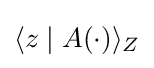
\langle z\mid A(\cdot )\rangle _{Z}